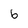
Character: 6